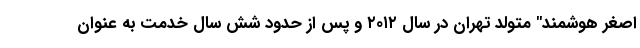
اصغر هوشمند" متولد تهران در سال ۲۰۱۲ و پس از حدود شش سال خدمت به عنوان